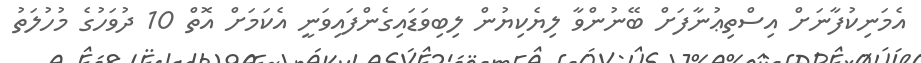
އެމަނިކުފާނަށް އިސްތިޢުނާފަށް ބޭނުންވާ ލިޔެކިޔުން ލިބިވަޑައިގެންފައިވަނީ އެކަމަށް އޮތް 10 ދުވަހުގެ މުހުލަތު